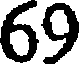
69